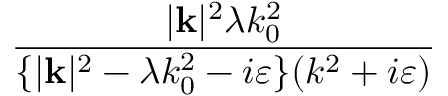
\frac { | \mathbf { k } | ^ { 2 } \lambda k _ { 0 } ^ { 2 } } { \{ | \mathbf { k } | ^ { 2 } - \lambda k _ { 0 } ^ { 2 } - i \varepsilon \} ( k ^ { 2 } + i \varepsilon ) }